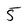
Character: 5